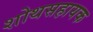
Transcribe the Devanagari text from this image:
शोथसहायक